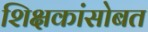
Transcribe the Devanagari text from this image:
शिक्षकांसोबत